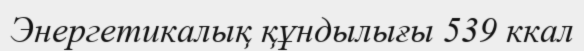
Энергетикалық құндылығы 539 ккал